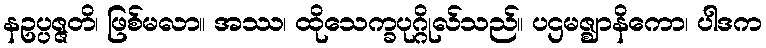
နဥပ္ပဇ္ဇတိ၊ ဖြစ်မလာ။ အဿ၊ ထိုသေက္ခပုဂ္ဂိုလ်သည်။ ပဌမဇ္ဈာနိကော၊ ပါဒက